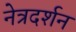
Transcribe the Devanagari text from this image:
नेत्रदर्शन